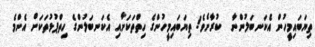
ތިޔަބައިމީހުން އެކަނބަލުންނާ  ކުރާށެވެ! ތިޔަބައިމީހުންގެ ހިތްތަކަށާއި އެކަނބަލުންގެ ހިތްޕުޅުތަކަށް އެންމެ